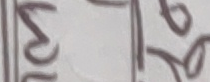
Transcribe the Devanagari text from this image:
२९२